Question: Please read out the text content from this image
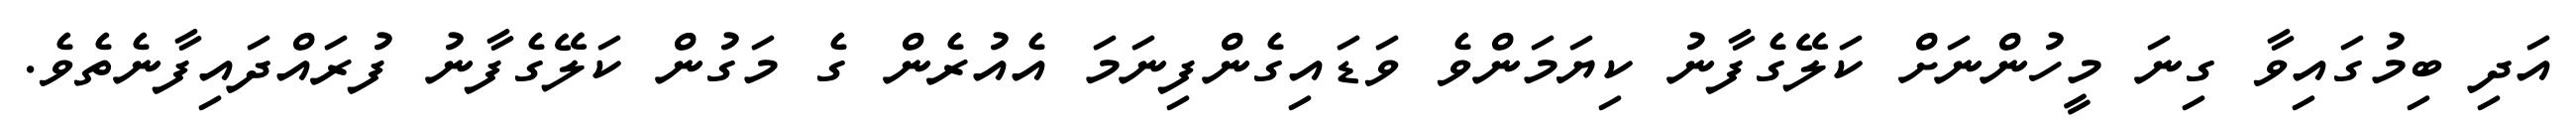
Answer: އަދި ބިމުގައިވާ ގިނަ މީހުންނަށް ކަލޭގެފާނު ކިޔަމަންވެ ވަޑައިގެންފިނަމަ އެއުރެން ގެ މަގުން ކަލޭގެފާނު ފުރައްދައިފާނެތެވެ.